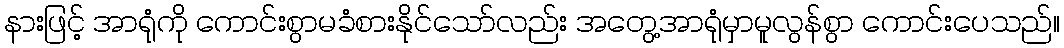
နားဖြင့် အာရုံကို ကောင်းစွာမခံစားနိုင်သော်လည်း အတွေ့အာရုံမှာမူလွန်စွာ ကောင်းပေသည်။